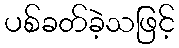
ပစ်ခတ်ခဲ့သဖြင့်